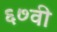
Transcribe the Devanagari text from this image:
६७वी